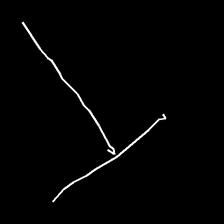
Glyph: column